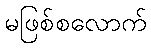
မဖြစ်စလောက်